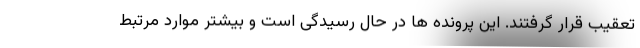
تعقیب قرار گرفتند. این پرونده ها در حال رسیدگی است و بیشتر موارد مرتبط